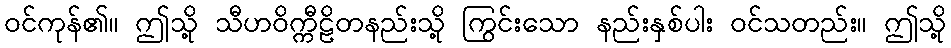
ဝင်ကုန်၏။ ဤသို့ သီဟဝိက္ကီဠိတနည်းသို့ ကြွင်းသော နည်းနှစ်ပါး ဝင်သတည်း။ ဤသို့